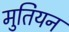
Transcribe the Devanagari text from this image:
मुतियन